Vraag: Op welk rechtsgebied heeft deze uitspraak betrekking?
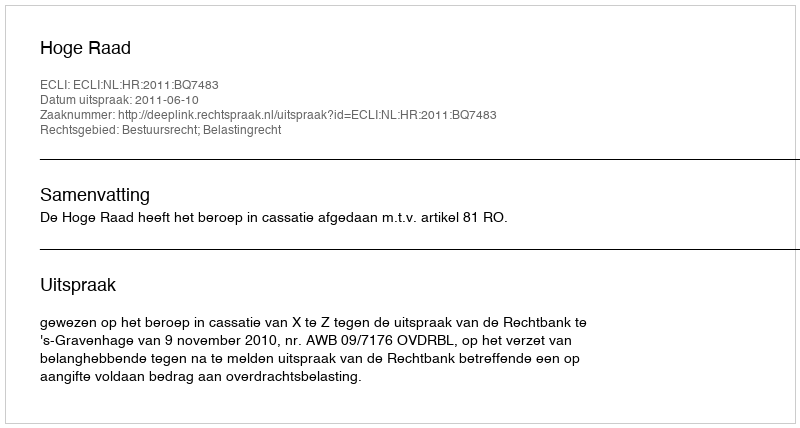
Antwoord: Bestuursrecht; Belastingrecht